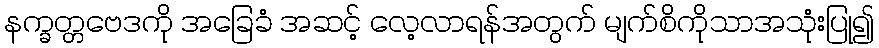
နက္ခတ္တဗေဒကို အခြေခံ အဆင့် လေ့လာရန်အတွက် မျက်စိကိုသာအသုံးပြု၍